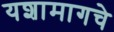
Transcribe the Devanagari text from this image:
यशामागचे